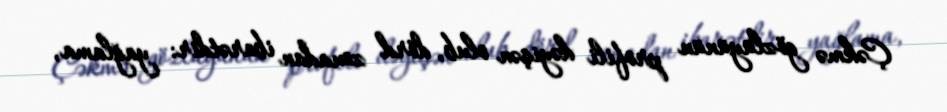
Çəkmə gözlüyünün profili dəyişən olub, dörd zonadan ibarətdir: yağlama,